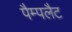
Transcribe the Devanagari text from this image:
पैम्पलैट